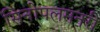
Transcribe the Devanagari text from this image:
सिनोपलमनरी